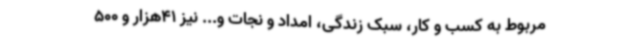
مربوط به کسب و کار، سبک زندگی، امداد و نجات و... نیز 41هزار و 500